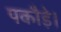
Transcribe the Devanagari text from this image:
पकौड़े।